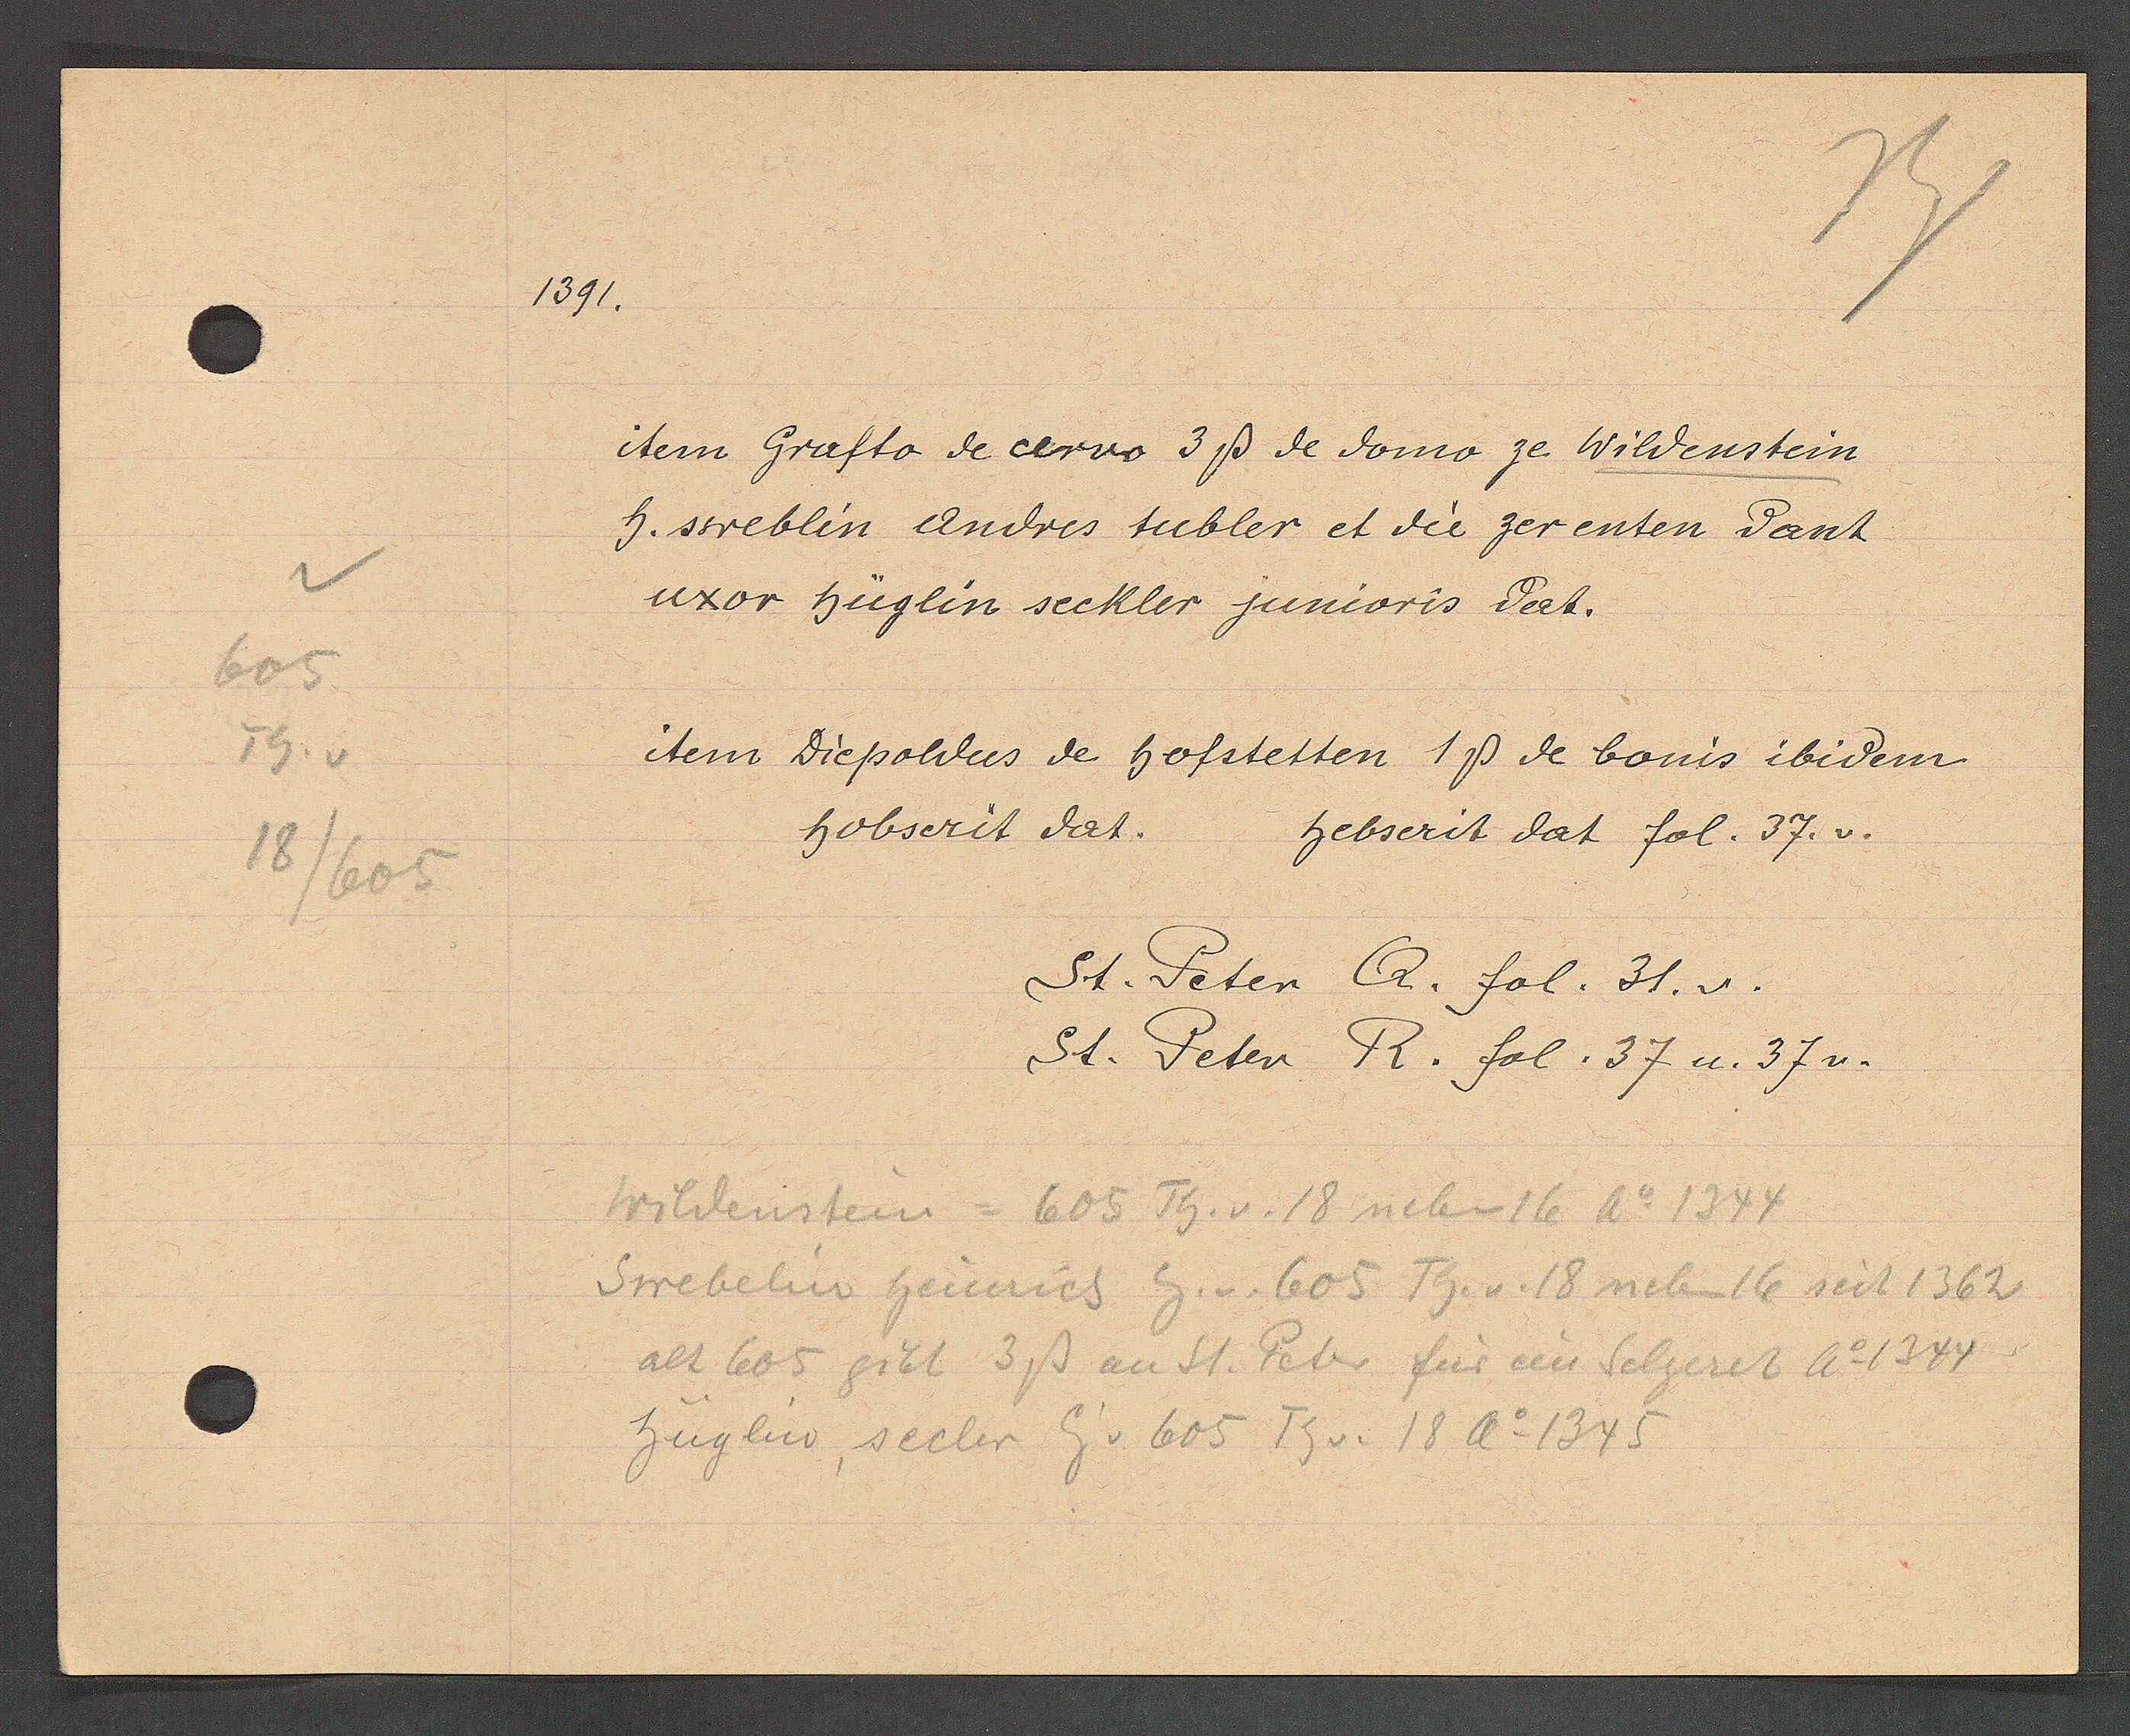
Transcript:
605
Th. v
18
/605

1391.

item Grafto de cervo 3ß de domo ze Wildenstein,
h. sweblin Andres tubler et die zer enten dant
uxor Hüglin seckler junioris dat.

item Diepoldus de hofstetten 1ß de bonis ibidem
hobserit dat.
Hebserit dat fol. 37.v.
St. Peter Q. fol. 31. v.
St. Peter R. fol. 37 u. 37 v.

Wildensten = 605 Th. v. 18 neben 16 Ao 1344
Swebelin Heinrich Eig. v. 605 Th. v. 18 neben 16 seit 1362
alt 605 gibt 3ß an St. Peter für ein Selgeret Ao 1344
Hüglin secler Eig v 605 Th v. 18 Ao 1345